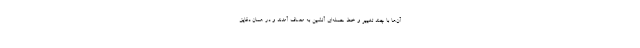
آن‌ها با چند تغییر و خط حمله‌ای آتشین به مصاف آمدند و در همان دقایق